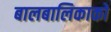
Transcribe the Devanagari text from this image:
बालबालिकाको